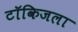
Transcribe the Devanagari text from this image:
टॉकिजला